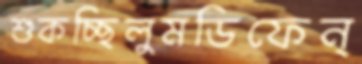
শুকচ্ছিলুমডিফেন্